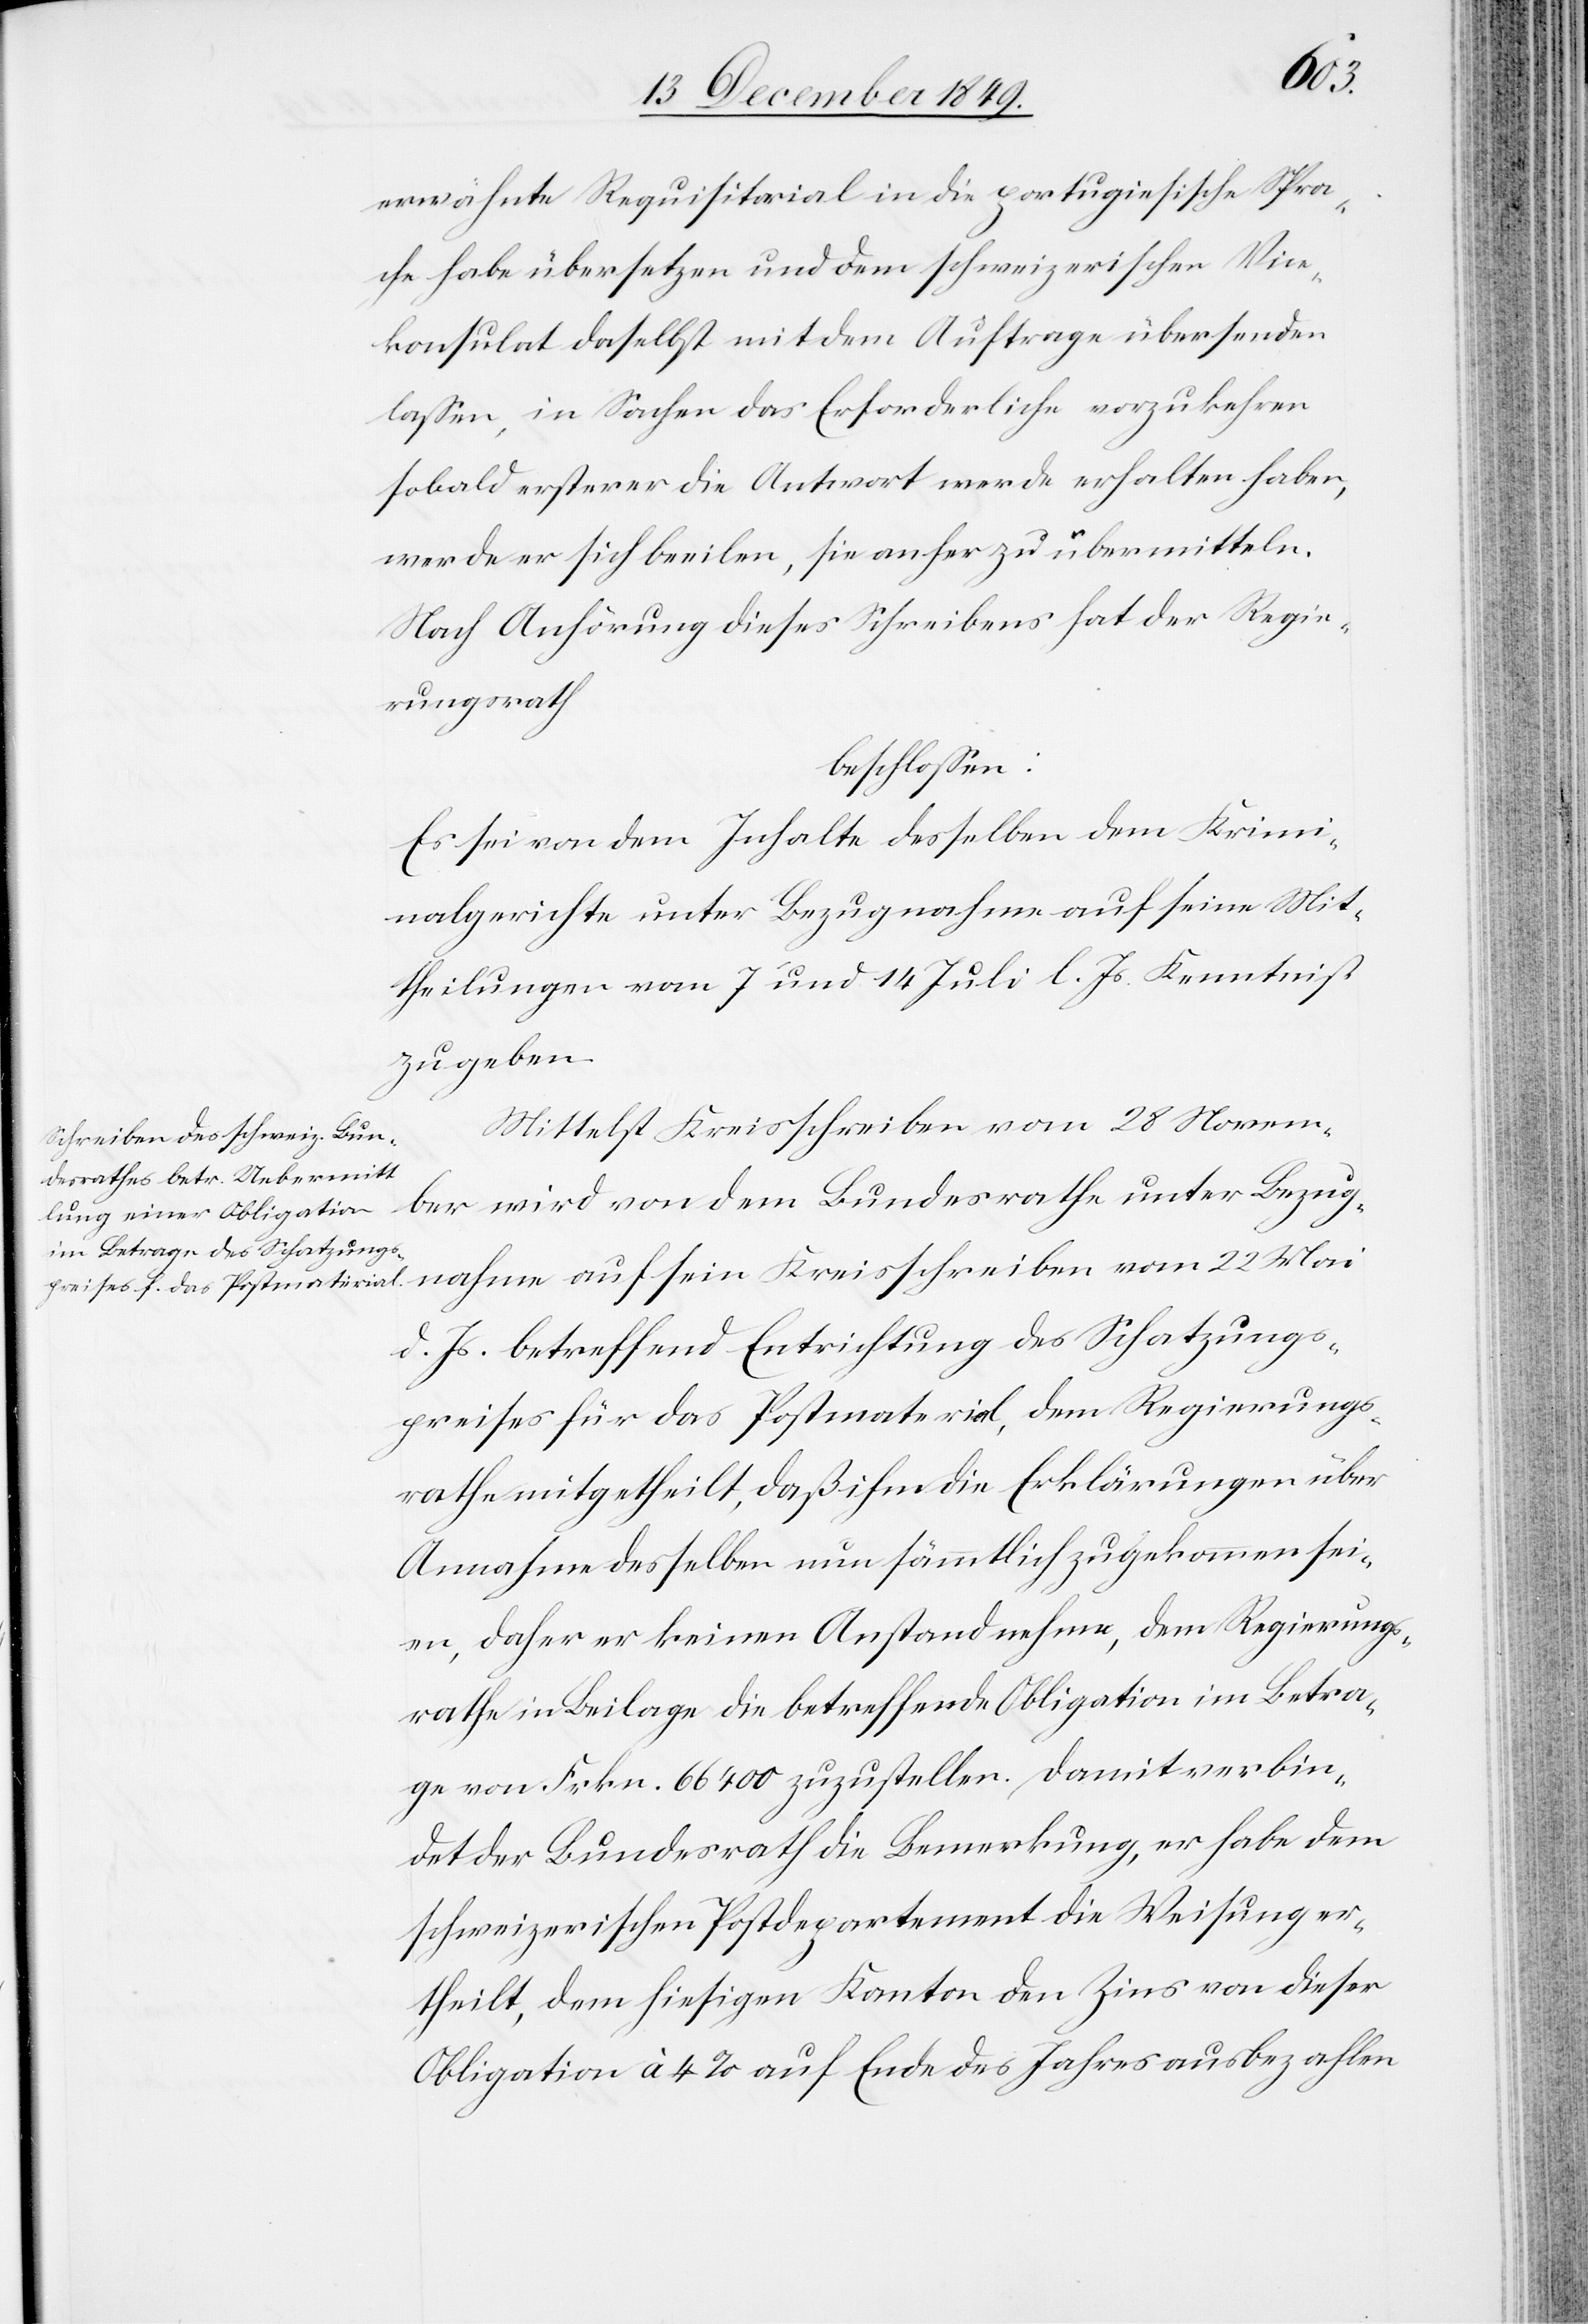
Mai
erwähnte Requisitorial in die portugiesische Spra¬
che habe übersetzen und dem schweizerischen Vice¬
konsulat daselbst mit dem Auftrage übersenden
laßen, in Sachen das Erforderliche vorzukehren
sobald ersterer die Antwort werde erhalten haben,
werde er sich beeilen, sie anher zu übermitteln.
Nach Anhörung dieses Schreibens hat der Regie¬
rungsrath
beschloßen:
Es sei von dem Inhalte desselben dem Krimi¬
nalgerichte unter Bezugnahme auf seine Mit¬
theilungen vom 7 und 14 Juli l. Js. Kenntniß
zu geben.
Mittelst Kreisschreiben vom 28 Novem¬
ber wird von dem Bundesrathe unter Bezug¬
d. Js. betreffend Entrichtung des Schatzungs¬
preises für das Postmaterial, dem Regierungs¬
rathe mitgetheilt, daß ihm die Erklärungen über
Annahme desselben nun sämmtlich zugekommen sei¬
en, daher er keinen Anstand nehme, dem Regierungs¬
rathe in Beilage die betreffende Obligation im Betra¬
ge von Frkn. 66 400 zuzustellen. Damit verbin¬
det der Bundesrath die Bemerkung, er habe dem
schweizerischen Postdepartement die Weisung er¬
theilt, dem hiesigen Kanton den Zins von dieser
Obligation à 4% auf Ende des Jahres ausbezahlen